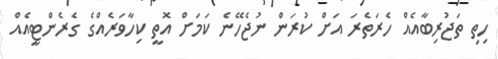
ހިތި ތަޖުރިބާއެއް ހެރަތެރަ އަށް ކުރަން ނުޖެހޭނެ ކަމަށް އޮތީ ކިހާވަރެއްގެ ގެރެންޓީއެއް